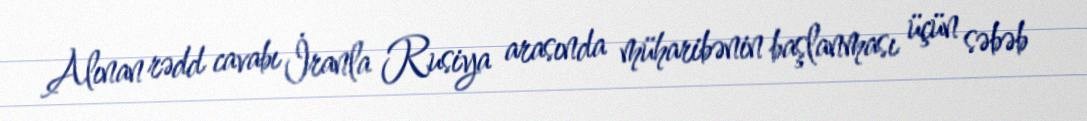
Alınan rədd cavabı İranla Rusiya arasında müharibənin başlanması üçün səbəb